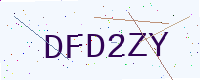
Text: DFD2ZY